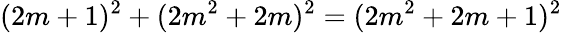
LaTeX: (2m+1)^{2}+(2m^{2}+2m)^{2}=(2m^{2}+2m+1)^{2}